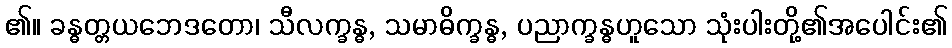
၏။ ခန္ဓတ္တယဘေဒတော၊ သီလက္ခန္ဓ, သမာဓိက္ခန္ဓ, ပညာက္ခန္ဓဟူသော သုံးပါးတို့၏အပေါင်း၏